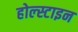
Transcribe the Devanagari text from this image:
होल्स्टाइन